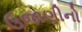
ઉજાણીનો